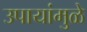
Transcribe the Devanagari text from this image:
उपायांमुळे